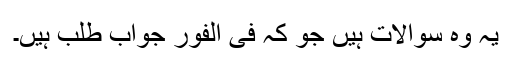
یہ وہ سوالات ہیں جو کہ فی الفور جواب طلب ہیں۔